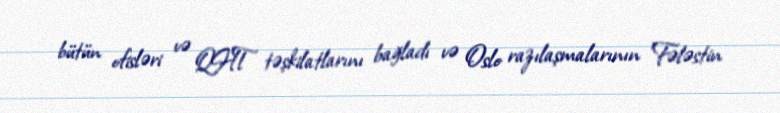
bütün ofisləri və QHT təşkilatlarını bağladı və Oslo razılaşmalarının Fələstin